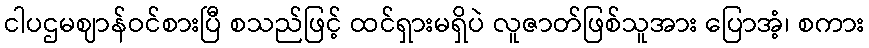
ငါပဌမဈာန်ဝင်စားပြီ စသည်ဖြင့် ထင်ရှားမရှိပဲ လူဇာတ်ဖြစ်သူအား ပြောအံ့၊ စကား